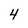
Character: 4